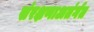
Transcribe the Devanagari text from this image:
संरक्षणाअतंर्गत